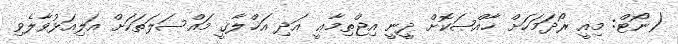
(ނޯޓް: މިއީ ރޯދަމަަހަށް ޚާއްޞަކޮށް ދީނީ އިޖްތިމާޢީ އަދި އަޚްލާޤީ މައްސަލަތަކަށް އަލިއަޅުވާލެވި